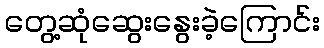
တွေ့ဆုံဆွေးနွေးခဲ့ကြောင်း